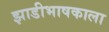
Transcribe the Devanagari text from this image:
झाडीभाषकाला